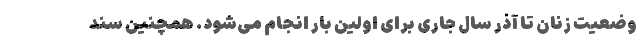
وضعیت زنان تا آذر سال جاری برای اولین بار انجام می‌شود. همچنین سند